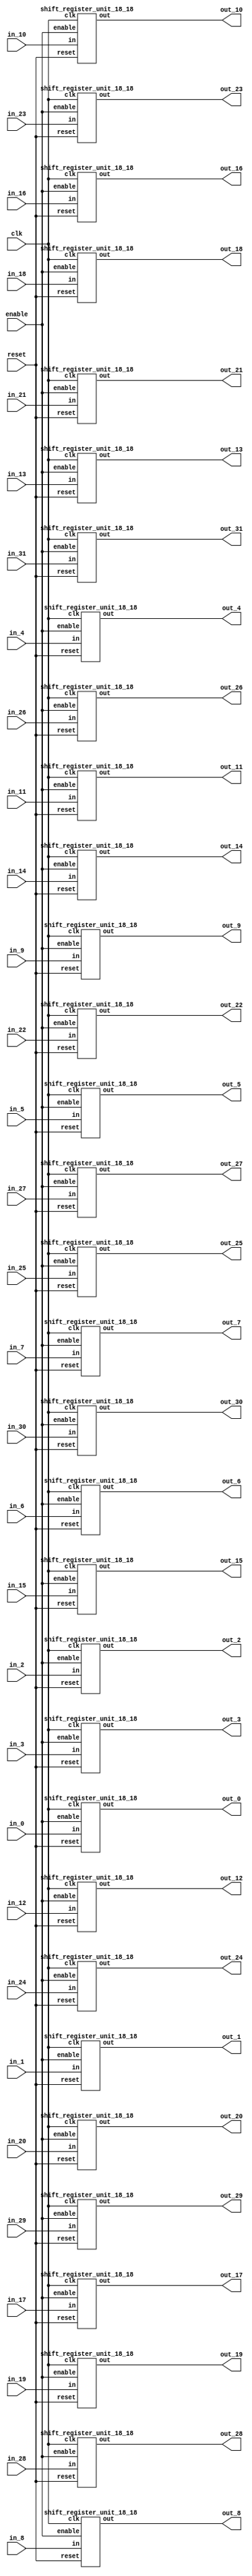
`define SIMULATION_MEMORY

module shift_register_group_18_32_18 (
	input clk,
	input enable,
	input [17:0] in_0,
	output [17:0] out_0,
	input [17:0] in_1,
	output [17:0] out_1,
	input [17:0] in_2,
	output [17:0] out_2,
	input [17:0] in_3,
	output [17:0] out_3,
	input [17:0] in_4,
	output [17:0] out_4,
	input [17:0] in_5,
	output [17:0] out_5,
	input [17:0] in_6,
	output [17:0] out_6,
	input [17:0] in_7,
	output [17:0] out_7,
	input [17:0] in_8,
	output [17:0] out_8,
	input [17:0] in_9,
	output [17:0] out_9,
	input [17:0] in_10,
	output [17:0] out_10,
	input [17:0] in_11,
	output [17:0] out_11,
	input [17:0] in_12,
	output [17:0] out_12,
	input [17:0] in_13,
	output [17:0] out_13,
	input [17:0] in_14,
	output [17:0] out_14,
	input [17:0] in_15,
	output [17:0] out_15,
	input [17:0] in_16,
	output [17:0] out_16,
	input [17:0] in_17,
	output [17:0] out_17,
	input [17:0] in_18,
	output [17:0] out_18,
	input [17:0] in_19,
	output [17:0] out_19,
	input [17:0] in_20,
	output [17:0] out_20,
	input [17:0] in_21,
	output [17:0] out_21,
	input [17:0] in_22,
	output [17:0] out_22,
	input [17:0] in_23,
	output [17:0] out_23,
	input [17:0] in_24,
	output [17:0] out_24,
	input [17:0] in_25,
	output [17:0] out_25,
	input [17:0] in_26,
	output [17:0] out_26,
	input [17:0] in_27,
	output [17:0] out_27,
	input [17:0] in_28,
	output [17:0] out_28,
	input [17:0] in_29,
	output [17:0] out_29,
	input [17:0] in_30,
	output [17:0] out_30,
	input [17:0] in_31,
	output [17:0] out_31,
	input reset
);

shift_register_unit_18_18 shift_register_unit_18_18_inst_0 (
	.clk(clk),
	.reset(reset),
	.enable(enable),
	.in(in_0),
	.out(out_0)
);

shift_register_unit_18_18 shift_register_unit_18_18_inst_1 (
	.clk(clk),
	.reset(reset),
	.enable(enable),
	.in(in_1),
	.out(out_1)
);

shift_register_unit_18_18 shift_register_unit_18_18_inst_2 (
	.clk(clk),
	.reset(reset),
	.enable(enable),
	.in(in_2),
	.out(out_2)
);

shift_register_unit_18_18 shift_register_unit_18_18_inst_3 (
	.clk(clk),
	.reset(reset),
	.enable(enable),
	.in(in_3),
	.out(out_3)
);

shift_register_unit_18_18 shift_register_unit_18_18_inst_4 (
	.clk(clk),
	.reset(reset),
	.enable(enable),
	.in(in_4),
	.out(out_4)
);

shift_register_unit_18_18 shift_register_unit_18_18_inst_5 (
	.clk(clk),
	.reset(reset),
	.enable(enable),
	.in(in_5),
	.out(out_5)
);

shift_register_unit_18_18 shift_register_unit_18_18_inst_6 (
	.clk(clk),
	.reset(reset),
	.enable(enable),
	.in(in_6),
	.out(out_6)
);

shift_register_unit_18_18 shift_register_unit_18_18_inst_7 (
	.clk(clk),
	.reset(reset),
	.enable(enable),
	.in(in_7),
	.out(out_7)
);

shift_register_unit_18_18 shift_register_unit_18_18_inst_8 (
	.clk(clk),
	.reset(reset),
	.enable(enable),
	.in(in_8),
	.out(out_8)
);

shift_register_unit_18_18 shift_register_unit_18_18_inst_9 (
	.clk(clk),
	.reset(reset),
	.enable(enable),
	.in(in_9),
	.out(out_9)
);

shift_register_unit_18_18 shift_register_unit_18_18_inst_10 (
	.clk(clk),
	.reset(reset),
	.enable(enable),
	.in(in_10),
	.out(out_10)
);

shift_register_unit_18_18 shift_register_unit_18_18_inst_11 (
	.clk(clk),
	.reset(reset),
	.enable(enable),
	.in(in_11),
	.out(out_11)
);

shift_register_unit_18_18 shift_register_unit_18_18_inst_12 (
	.clk(clk),
	.reset(reset),
	.enable(enable),
	.in(in_12),
	.out(out_12)
);

shift_register_unit_18_18 shift_register_unit_18_18_inst_13 (
	.clk(clk),
	.reset(reset),
	.enable(enable),
	.in(in_13),
	.out(out_13)
);

shift_register_unit_18_18 shift_register_unit_18_18_inst_14 (
	.clk(clk),
	.reset(reset),
	.enable(enable),
	.in(in_14),
	.out(out_14)
);

shift_register_unit_18_18 shift_register_unit_18_18_inst_15 (
	.clk(clk),
	.reset(reset),
	.enable(enable),
	.in(in_15),
	.out(out_15)
);

shift_register_unit_18_18 shift_register_unit_18_18_inst_16 (
	.clk(clk),
	.reset(reset),
	.enable(enable),
	.in(in_16),
	.out(out_16)
);

shift_register_unit_18_18 shift_register_unit_18_18_inst_17 (
	.clk(clk),
	.reset(reset),
	.enable(enable),
	.in(in_17),
	.out(out_17)
);

shift_register_unit_18_18 shift_register_unit_18_18_inst_18 (
	.clk(clk),
	.reset(reset),
	.enable(enable),
	.in(in_18),
	.out(out_18)
);

shift_register_unit_18_18 shift_register_unit_18_18_inst_19 (
	.clk(clk),
	.reset(reset),
	.enable(enable),
	.in(in_19),
	.out(out_19)
);

shift_register_unit_18_18 shift_register_unit_18_18_inst_20 (
	.clk(clk),
	.reset(reset),
	.enable(enable),
	.in(in_20),
	.out(out_20)
);

shift_register_unit_18_18 shift_register_unit_18_18_inst_21 (
	.clk(clk),
	.reset(reset),
	.enable(enable),
	.in(in_21),
	.out(out_21)
);

shift_register_unit_18_18 shift_register_unit_18_18_inst_22 (
	.clk(clk),
	.reset(reset),
	.enable(enable),
	.in(in_22),
	.out(out_22)
);

shift_register_unit_18_18 shift_register_unit_18_18_inst_23 (
	.clk(clk),
	.reset(reset),
	.enable(enable),
	.in(in_23),
	.out(out_23)
);

shift_register_unit_18_18 shift_register_unit_18_18_inst_24 (
	.clk(clk),
	.reset(reset),
	.enable(enable),
	.in(in_24),
	.out(out_24)
);

shift_register_unit_18_18 shift_register_unit_18_18_inst_25 (
	.clk(clk),
	.reset(reset),
	.enable(enable),
	.in(in_25),
	.out(out_25)
);

shift_register_unit_18_18 shift_register_unit_18_18_inst_26 (
	.clk(clk),
	.reset(reset),
	.enable(enable),
	.in(in_26),
	.out(out_26)
);

shift_register_unit_18_18 shift_register_unit_18_18_inst_27 (
	.clk(clk),
	.reset(reset),
	.enable(enable),
	.in(in_27),
	.out(out_27)
);

shift_register_unit_18_18 shift_register_unit_18_18_inst_28 (
	.clk(clk),
	.reset(reset),
	.enable(enable),
	.in(in_28),
	.out(out_28)
);

shift_register_unit_18_18 shift_register_unit_18_18_inst_29 (
	.clk(clk),
	.reset(reset),
	.enable(enable),
	.in(in_29),
	.out(out_29)
);

shift_register_unit_18_18 shift_register_unit_18_18_inst_30 (
	.clk(clk),
	.reset(reset),
	.enable(enable),
	.in(in_30),
	.out(out_30)
);

shift_register_unit_18_18 shift_register_unit_18_18_inst_31 (
	.clk(clk),
	.reset(reset),
	.enable(enable),
	.in(in_31),
	.out(out_31)
);

endmodule
module shift_register_unit_18_18 (
	input clk,
	input reset,
	input enable,
	input [17:0] in,
	output [17:0] out
);

reg [17:0] shift_registers_0;
reg [17:0] shift_registers_1;
reg [17:0] shift_registers_2;
reg [17:0] shift_registers_3;
reg [17:0] shift_registers_4;
reg [17:0] shift_registers_5;
reg [17:0] shift_registers_6;
reg [17:0] shift_registers_7;
reg [17:0] shift_registers_8;
reg [17:0] shift_registers_9;
reg [17:0] shift_registers_10;
reg [17:0] shift_registers_11;
reg [17:0] shift_registers_12;
reg [17:0] shift_registers_13;
reg [17:0] shift_registers_14;
reg [17:0] shift_registers_15;
reg [17:0] shift_registers_16;
reg [17:0] shift_registers_17;
always @ (posedge clk) begin
	if (reset) begin
		shift_registers_0 <= 18'd0;
		shift_registers_1 <= 18'd0;
		shift_registers_2 <= 18'd0;
		shift_registers_3 <= 18'd0;
		shift_registers_4 <= 18'd0;
		shift_registers_5 <= 18'd0;
		shift_registers_6 <= 18'd0;
		shift_registers_7 <= 18'd0;
		shift_registers_8 <= 18'd0;
		shift_registers_9 <= 18'd0;
		shift_registers_10 <= 18'd0;
		shift_registers_11 <= 18'd0;
		shift_registers_12 <= 18'd0;
		shift_registers_13 <= 18'd0;
		shift_registers_14 <= 18'd0;
		shift_registers_15 <= 18'd0;
		shift_registers_16 <= 18'd0;
		shift_registers_17 <= 18'd0;
	end else if (enable) begin
		shift_registers_0 <= in;
		shift_registers_1 <= shift_registers_0;
		shift_registers_2 <= shift_registers_1;
		shift_registers_3 <= shift_registers_2;
		shift_registers_4 <= shift_registers_3;
		shift_registers_5 <= shift_registers_4;
		shift_registers_6 <= shift_registers_5;
		shift_registers_7 <= shift_registers_6;
		shift_registers_8 <= shift_registers_7;
		shift_registers_9 <= shift_registers_8;
		shift_registers_10 <= shift_registers_9;
		shift_registers_11 <= shift_registers_10;
		shift_registers_12 <= shift_registers_11;
		shift_registers_13 <= shift_registers_12;
		shift_registers_14 <= shift_registers_13;
		shift_registers_15 <= shift_registers_14;
		shift_registers_16 <= shift_registers_15;
		shift_registers_17 <= shift_registers_16;
	end
end

assign out = shift_registers_17;

endmodule